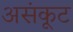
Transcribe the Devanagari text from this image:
असंकूट